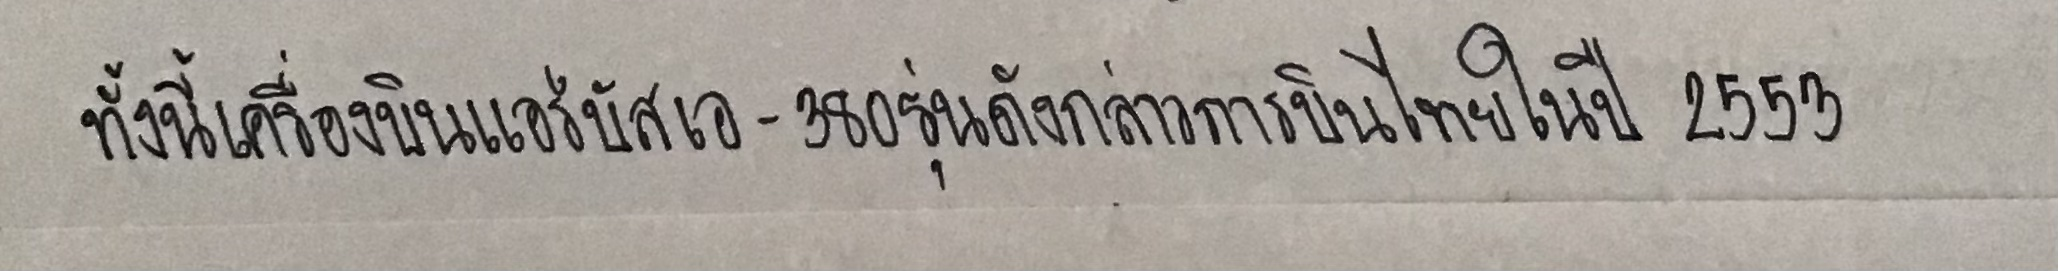
ทั้งนี้เครื่องบินแอร์บัสเอ-380รุ่นดังกล่าวการบินไทยในปี2553